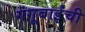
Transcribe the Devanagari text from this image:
गंगूबाईंची